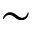
\sim